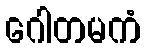
ဂေါတမကံ